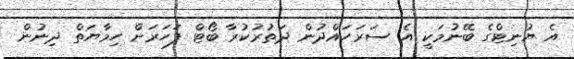
އެ ޔުނިޓްގެ ބޭނުމަކީ އެ ސަރަހައްދުން ދަތުރުކުރާ ބޯޓް ފަހަރަށް ހިމާޔަތް ދިނުން